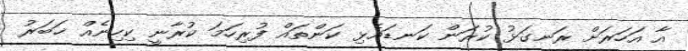
އާ އަހަރަށް ރަނގަޅު ކުރަން ކަނޑައެޅި ކަންތައް ފުރިހަމަ ކުރާނީ ކިހިނެއް ޚަބަރު